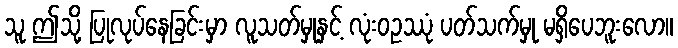
သူ ဤသို့ ပြုလုပ်နေခြင်းမှာ လူသတ်မှုနှင့် လုံးဝဥဿုံ ပတ်သက်မှု မရှိပေဘူးလော။